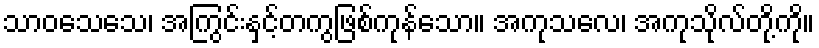
သာဝသေသေ၊ အကြွင်းနှင့်တကွဖြစ်ကုန်သော။ အကုသလေ၊ အကုသိုလ်တို့ကို။